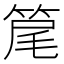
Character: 䇻